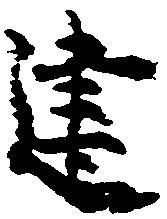
建